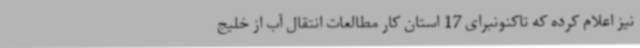
نیز اعلام کرده که تاکنونبرای 17 استان کار مطالعات انتقال آب از خلیج